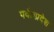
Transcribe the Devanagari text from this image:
पर्वतप्रदेश